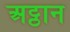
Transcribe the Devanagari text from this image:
अट्ठान